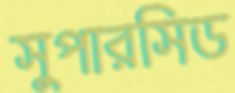
সুপারসিড